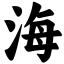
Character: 海